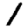
Digit: 1